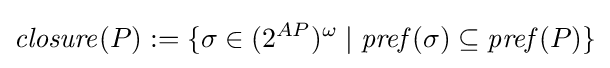
{\mathit {closure}}(P):=\{\sigma \in (2^{AP})^{\omega }\mid {\mathit {pref}}(\sigma )\subseteq {\mathit {pref}}(P)\}